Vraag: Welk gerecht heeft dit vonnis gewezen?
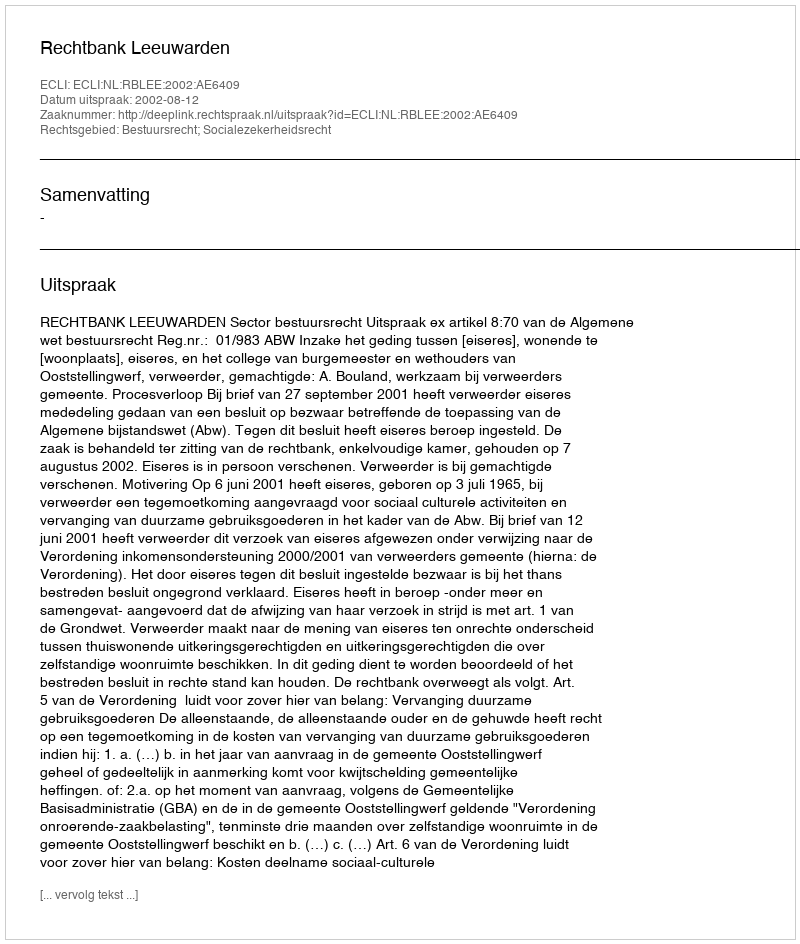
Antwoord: Rechtbank Leeuwarden